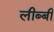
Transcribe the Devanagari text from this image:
लीब्बी